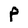
Character: P